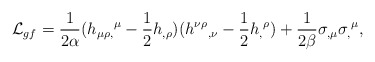
\begin{align*}{\cal L}_{gf} = {1\over 2\alpha} (h_{\mu\rho,}{}^\mu - {1\over 2}h_{,\rho}) (h^{\nu\rho}{}_{,\nu}-{1\over 2} h_,{}^\rho) + {1\over 2\beta} \sigma_{,\mu}\sigma_,{}^\mu,\end{align*}